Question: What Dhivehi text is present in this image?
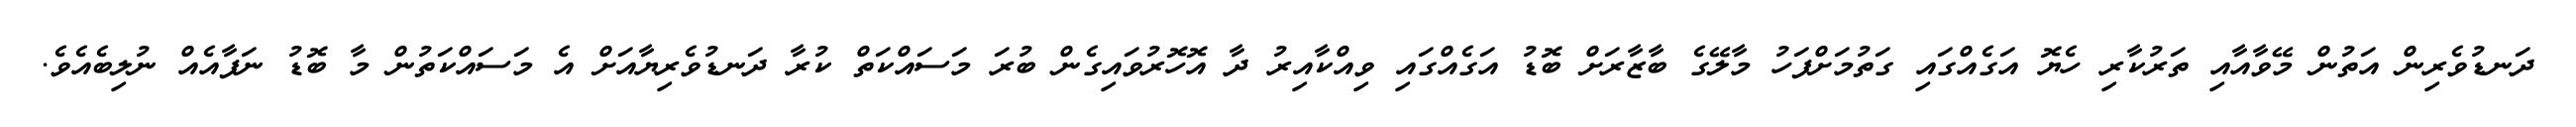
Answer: ދަނޑުވެރިން އަތުން މޭވާއާއި ތަރުކާރި ހެޔޮ އަގެއްގައި ގަތުމަށްފަހު މާލޭގެ ބާޒާރަށް ބޮޑު އަގެއްގައި ވިއްކާއިރު ދާ އޮހޮރުވައިގެން ބުރަ މަސައްކަތް ކުރާ ދަނޑުވެރިޔާއަށް އެ މަސައްކަތުން މާ ބޮޑު ނަފާއެއް ނުލިބެއެވެ.